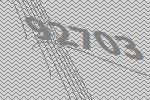
92703